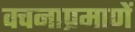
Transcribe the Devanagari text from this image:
वचनाप्रमाणें